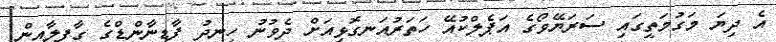
އެ ދިޔަ މަގުމަތީގައި ސަރަޔޭވޯގެ އަޕެލްކުއޭ ހަތަރުއަނގޮޅިއަށް ދެވުނު ހިނދު ފާޑިނާންޑްގެ ގާފިލާއިން